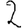
Digit: 2